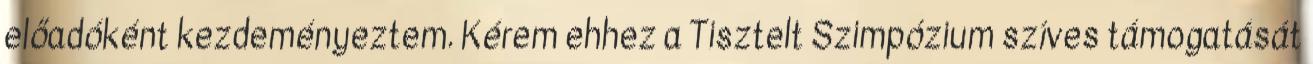
előadóként kezdeményeztem. Kérem ehhez a Tisztelt Szimpózium szíves támogatását